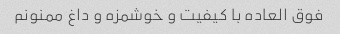
فوق العاده با کیفیت و خوشمزه و داغ ممنونم